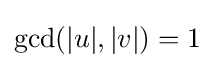
\gcd(|u|,|v|)=1